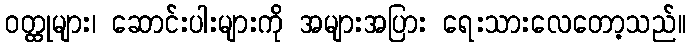
ဝတ္ထုများ၊ ဆောင်းပါးများကို အများအပြား ရေးသားလေတော့သည်။